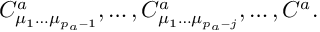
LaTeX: C _ { \mu _ { 1 } \ldots \mu _ { p _ { a } - 1 } } ^ { a } , \ldots , C _ { \mu _ { 1 } \ldots \mu _ { p _ { a } - j } } ^ { a } , \ldots , C ^ { a } .